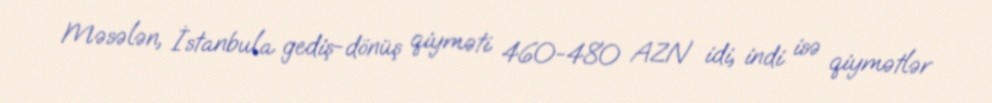
Məsələn, İstanbula gediş-dönüş qiyməti 460-480 AZN idi, indi isə qiymətlər